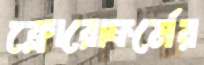
ক্লোরোফর্মের